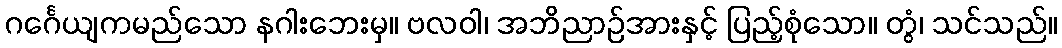
ဂင်္ဂေယျကမည်သော နဂါးဘေးမှ။ ဗလဝါ၊ အဘိညာဉ်အားနှင့် ပြည့်စုံသော။ တွံ၊ သင်သည်။